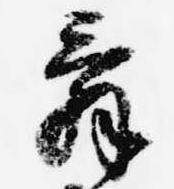
辞